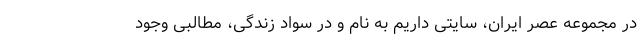
در مجموعه عصر ایران، سایتی داریم به نام و در سواد زندگی، مطالبی وجود